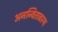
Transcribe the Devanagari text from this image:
अनन्वितावस्थ